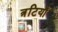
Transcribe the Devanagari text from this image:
त्रटियाँ